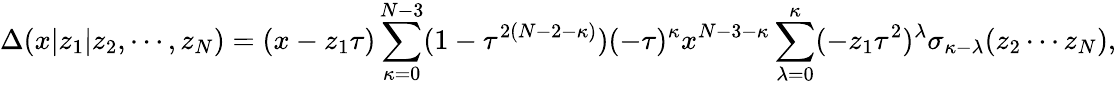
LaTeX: \Delta(x|z_{1}|z_{2},\cdots,z_{N})=(x-z_{1}\tau)\sum_{\kappa=0}^{N-3}(1-\tau^{2(N-2-\kappa)})(-\tau)^{\kappa}x^{N-3-\kappa}\sum_{\lambda=0}^{\kappa}(-z_{1}\tau^{2})^{\lambda}\sigma_{\kappa-\lambda}(z_{2}\cdots z_{N}),